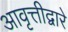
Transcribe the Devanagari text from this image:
आवृत्तीद्वारे